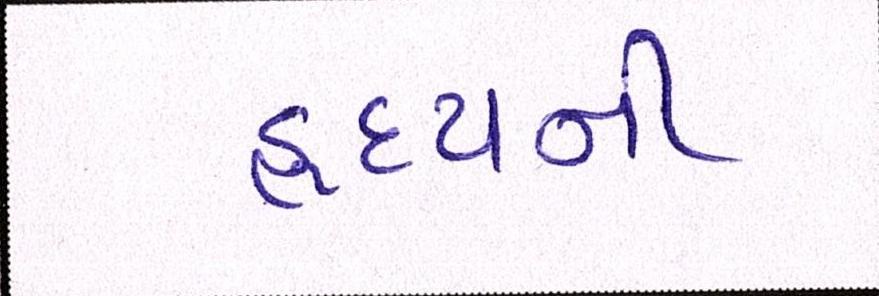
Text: હૃદયની